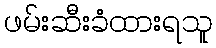
ဖမ်းဆီးခံထားရသူ